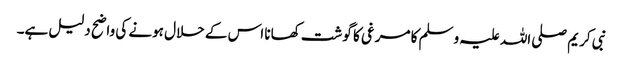
نبی کریم صلی اللہ علیہ وسلم کا مرغی کا گوشت کھانا اس کے حلال ہونے کی واضح دلیل ہے۔